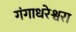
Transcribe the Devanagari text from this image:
गंगाधरेश्वरा